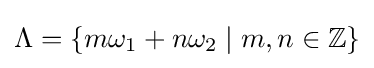
\Lambda =\left\{m\omega _{1}+n\omega _{2}\mid m,n\in \mathbb {Z} \right\}